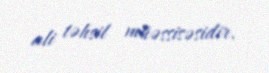
ali təhsil müəssisəsidir.